Standards of the constituents of the urine and blood and the bearing of the metabolism of Bengalis on the problems of nutrition - Number 34
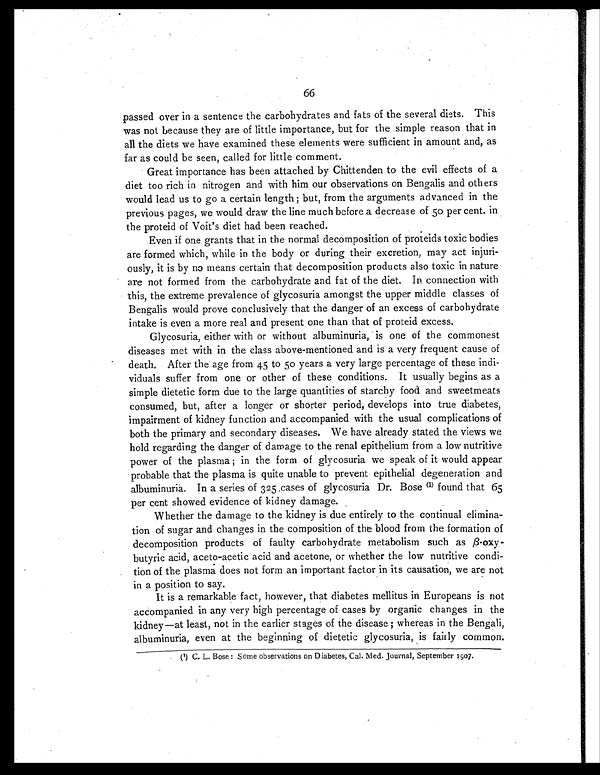
66
passed over in a sentence the carbohydrates and fats of the several diets. This
was not because they are of little importance, but for the simple reason that in
all the diets we have examined these elements were sufficient in amount and, as
far as could be seen, called for little comment.
Great importance has been attached by Chittenden to the evil effects of a
diet too rich in nitrogen and with him our observations on Bengalis and others
would lead us to go a certain length; but, from the arguments advanced in the
previous pages, we would draw the line much before a decrease of 50 per cent. in
the proteid of Voit's diet had been reached.
Even if one grants that in the normal decomposition of proteids toxic bodies
are formed which, while in the body or during their excretion, may act injuri-
ously, it is by no means certain that decomposition products also toxic in nature
are not formed from the carbohydrate and fat of the diet. In connection with
this, the extreme prevalence of glycosuria amongst the upper middle classes of
Bengalis would prove conclusively that the danger of an excess of carbohydrate
intake is even a more real and present one than that of proteid excess.
Glycosuria, either with or without albuminuria, is one of the commonest
diseases met with in the class above-mentioned and is a very frequent cause of
death. After the age from 45 to 50 years a very large percentage of these indi-
viduals suffer from one or other of these conditions. It usually begins as a
simple dietetic form due to the large quantities of starchy food and sweetmeats
consumed, but, after a longer or shorter period, develops into true diabetes,
impairment of kidney function and accompanied with the usual complications of
both the primary and secondary diseases. We have already stated the views we
hold regarding the danger of damage to the renal epithelium from a low nutritive
power of the plasma; in the form of glycosuria we speak of it would appear
probable that the plasma is quite unable to prevent epithelial degeneration and
albuminuria. In a series of 325 ,cases of glycosuria Dr. Bose (1) found that 65
per cent showed evidence of kidney damage.
Whether the damage to the kidney is due entirely to the continual elimina-
tion of sugar and changes in the composition of the blood from the formation of
decomposition products of faulty carbohydrate metabolism such as
B -oxybutyric acid, aceto-acetic acid and acetone, or whether the low nutritive condi-
tion of the plasma does not form an important factor in its causation, we are not
in a position to say.
It is a remarkable fact, however, that diabetes mellitus in Europeans is riot
accompanied in any very high percentage of cases by organic changes in the
kidney—at least, not in the earlier stages of the disease; whereas in the Bengali,
albuminuria, even at the beginning of dietetic glycosuria, is fairly common.
(1) C. L. Bose: Some observations on Diabetes, Cal. Med. Journal, September 1907.